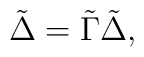
\tilde \Delta=\tilde \Gamma \tilde \Delta,